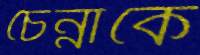
চৈন্নাকে